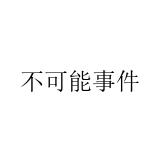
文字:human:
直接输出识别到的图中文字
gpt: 不可能事件